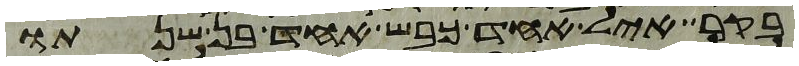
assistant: בקר איל אחד כבש אחד בן שנתו